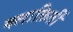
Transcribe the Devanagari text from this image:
क्लाक्रितीं